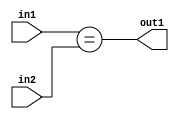
`timescale 1ps / 1ps
/*****************************************************************************
    Verilog RTL Description
    
    
    Created by: Stratus DpOpt 2019.1.01 
*******************************************************************************/

module in_buff_Equal_2Ux2U_1U_4 (
	in2,
	in1,
	out1
	); /* architecture "behavioural" */ 
input [1:0] in2,
	in1;
output  out1;
wire  asc001;

assign asc001 = (in1==in2);

assign out1 = asc001;
endmodule

/* CADENCE  urbzQww= : u9/ySgnWtBlWxVPRXgAZ4Og= ** DO NOT EDIT THIS LINE ******/